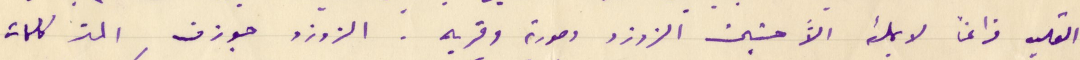
القلب فراغاً لا يملئه الا َّحنين الزوزو وصورته وقربه. الزوزو جوزف الز كلمات